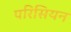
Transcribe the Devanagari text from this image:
परिसियन